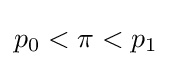
p_{0}<\pi <p_{1}